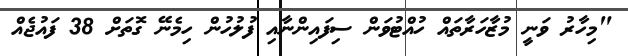
"މިހާރު ވަނީ މުޒާހަރާތައް ހުއްޓުވަން ސިފައިންނާއި ފުލުހުން ހިމެނޭ ގޮތަށް 38 ފައުޖެއް